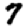
Digit: 7